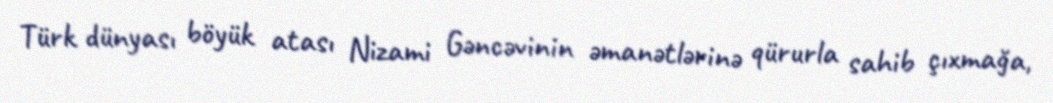
Türk dünyası böyük atası Nizami Gəncəvinin əmanətlərinə qürurla sahib çıxmağa,